Civil Veterinary Dept. North-West Frontier Province 1923-32 - 1923-1932
Year: 1923
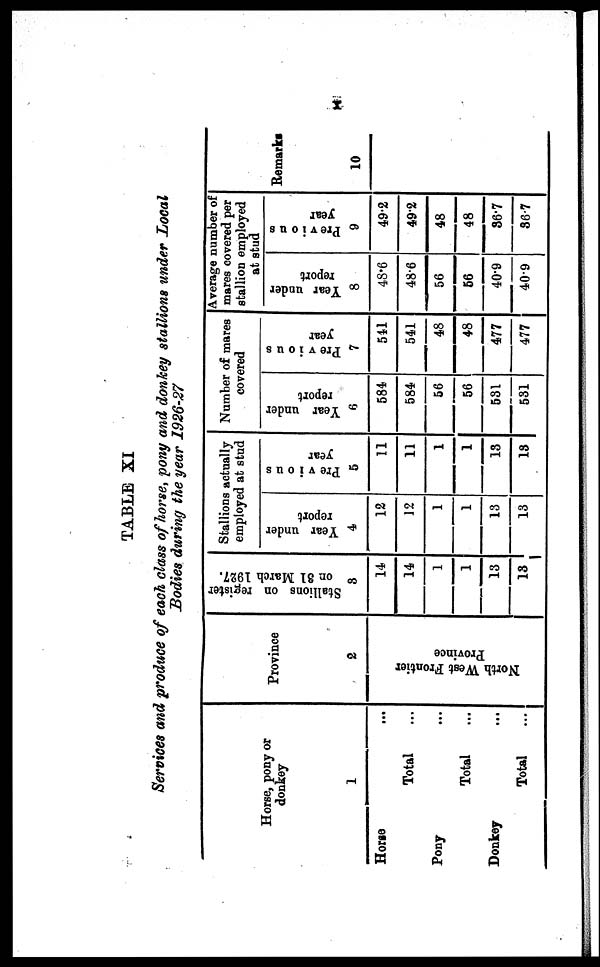
X
TABLE XI
Services and produce of each class of horse, pony and donkey stallions under Local
Bodies during the year 1926-27
Horse, pony or
donkey
1
Horse ...
Total ...
Pony ...
Total ...
Donkey...
Total ...
Province
2
North West Frontier
Province
Stallions on register
on
31 March 1927.
3
14
14
1
1
13
13
Stallion actually
employed at stud
Year under
report
4
12
12
1
1
13
13
Previous
year
5
11
11
1
1
13
13
Number of mares
covered
Year under
report
6
584
584
56
56
531
531
Previous
year
7
541
541
48
48
477
477
Average number of
mares covered per
stallion employed
at stud
Year under
report
8
48.6
48.6
56
56
40.9
40.9
Previous
year
9
49.2
492
48
48
36.7
36.7
Remarks
10